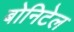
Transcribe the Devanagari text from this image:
बोनिटेल